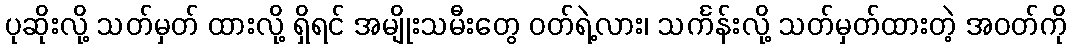
ပုဆိုးလို့ သတ်မှတ် ထားလို့ ရှိရင် အမျိုးသမီးတွေ ဝတ်ရဲ့လား၊ သင်္ကန်းလို့ သတ်မှတ်ထားတဲ့ အဝတ်ကို